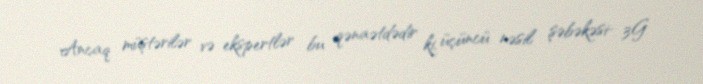
Ancaq müştərilər və ekspertlər bu qənaətdədir ki, üçüncü nəsil şəbəkəsi- 3G